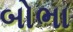
બોભા